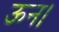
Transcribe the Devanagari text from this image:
ऊन।